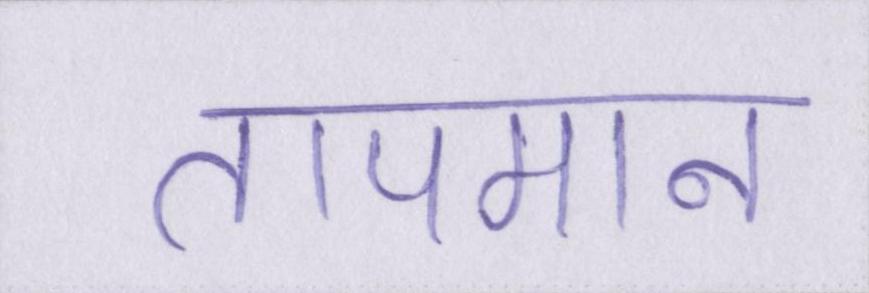
तापमान